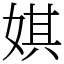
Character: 娸